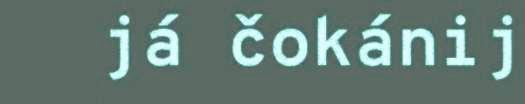
já čokánij